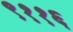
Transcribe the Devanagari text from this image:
९११६